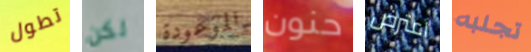
تطول لكن الموعودة حنون اعترض تجلبه